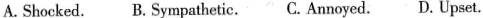
A. Shocked. B. Sympathetic. C. Annoyed. D. Upset.